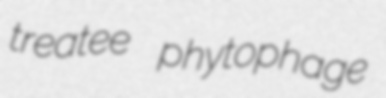
treatee phytophage